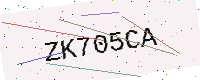
Text: ZK705CA